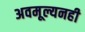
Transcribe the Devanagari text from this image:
अवमूल्यनही